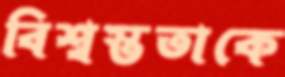
বিশ্বস্ততাকে